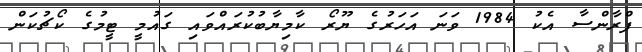
ފްރާންސާ އެކު 1984 ވަނަ އަހަރުގެ ޔޫރޯ ކާމިޔާބުކުރައްވައި ގައުމީ ޓީމުގެ ކޯޗުކަން